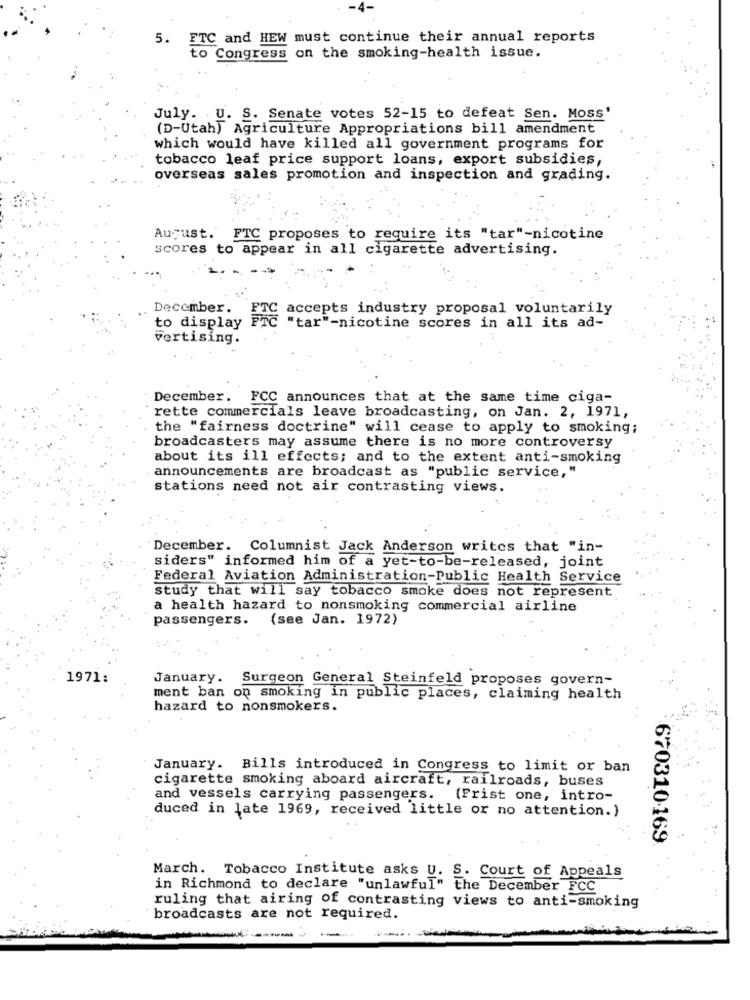
-4-
5. FTC and HEW must continue their annual reports
to Congress on the smoking-health issue.
July. U. S. Senate votes 52-15 to defeat Sen. Moss'
(D-Utah) Agriculture Appropriations bill amendment
which would have killed all government programs for
tobacco leaf price support loans, export subsidies,
overseas sales promotion and inspection and grading.
August. FTC proposes to require its "tar"-nicotine
scores to appear in all cigarette advertising.
December.
accepts industry proposal voluntarily
to display
"tar"-nicotine scores in all its ad-
vertising.
December.
FCC announces that at the same time ciga-
rette commercials leave broadcasting, on Jan. 2, 1971,
the "fairness doctrine" will cease to apply to smoking;
broadcasters may assume there is no more controversy
about its ill effects; and to the extent anti-smoking
announcements are broadcast as "public service,"
stations need not air contrasting views.
"December. Columnist Jack Anderson writes that "in-
siders" informed him of a yet-to-be-released, joint
Federal Aviation Administration-Public Health Service
study that will say tobacco smoke does not represent
a health hazard to nonsmoking commercial airline
passengers. (see Jan. 1972)
1971:
January. Surgeon General Steinfeld proposes govern-
ment ban on smoking in public places, claiming health
hazard to nonsmokers.
January. Bills introduced in Congress to limit or ban
cigarette smoking aboard aircraft, railroads, buses
and vessels carrying passengers. (Frist one, intro-
duced in late 1969, received little or no attention.)
670310-169
March. Tobacco Institute asks U. S. Court of Appeals
in Richmond to declare "unlawful" the December FCC
ruling that airing of contrasting views to anti-smoking
broadcasts are not required.
-